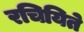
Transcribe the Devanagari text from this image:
रचियिते